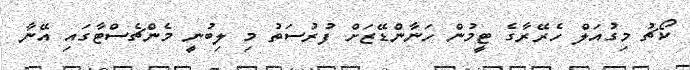
ކޯޗު މިގުއަލް ހެރޭރާގެ ޓީމުން ހަނާންޑޭޒަށް ފުރުސަތު މި ލިބުނީ މެންޗެސްޓާގައި އޭނާ